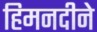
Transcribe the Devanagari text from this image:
हिमनदीने